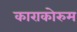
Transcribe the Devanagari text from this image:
काराकोरुम